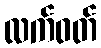
လက်ဝတ်